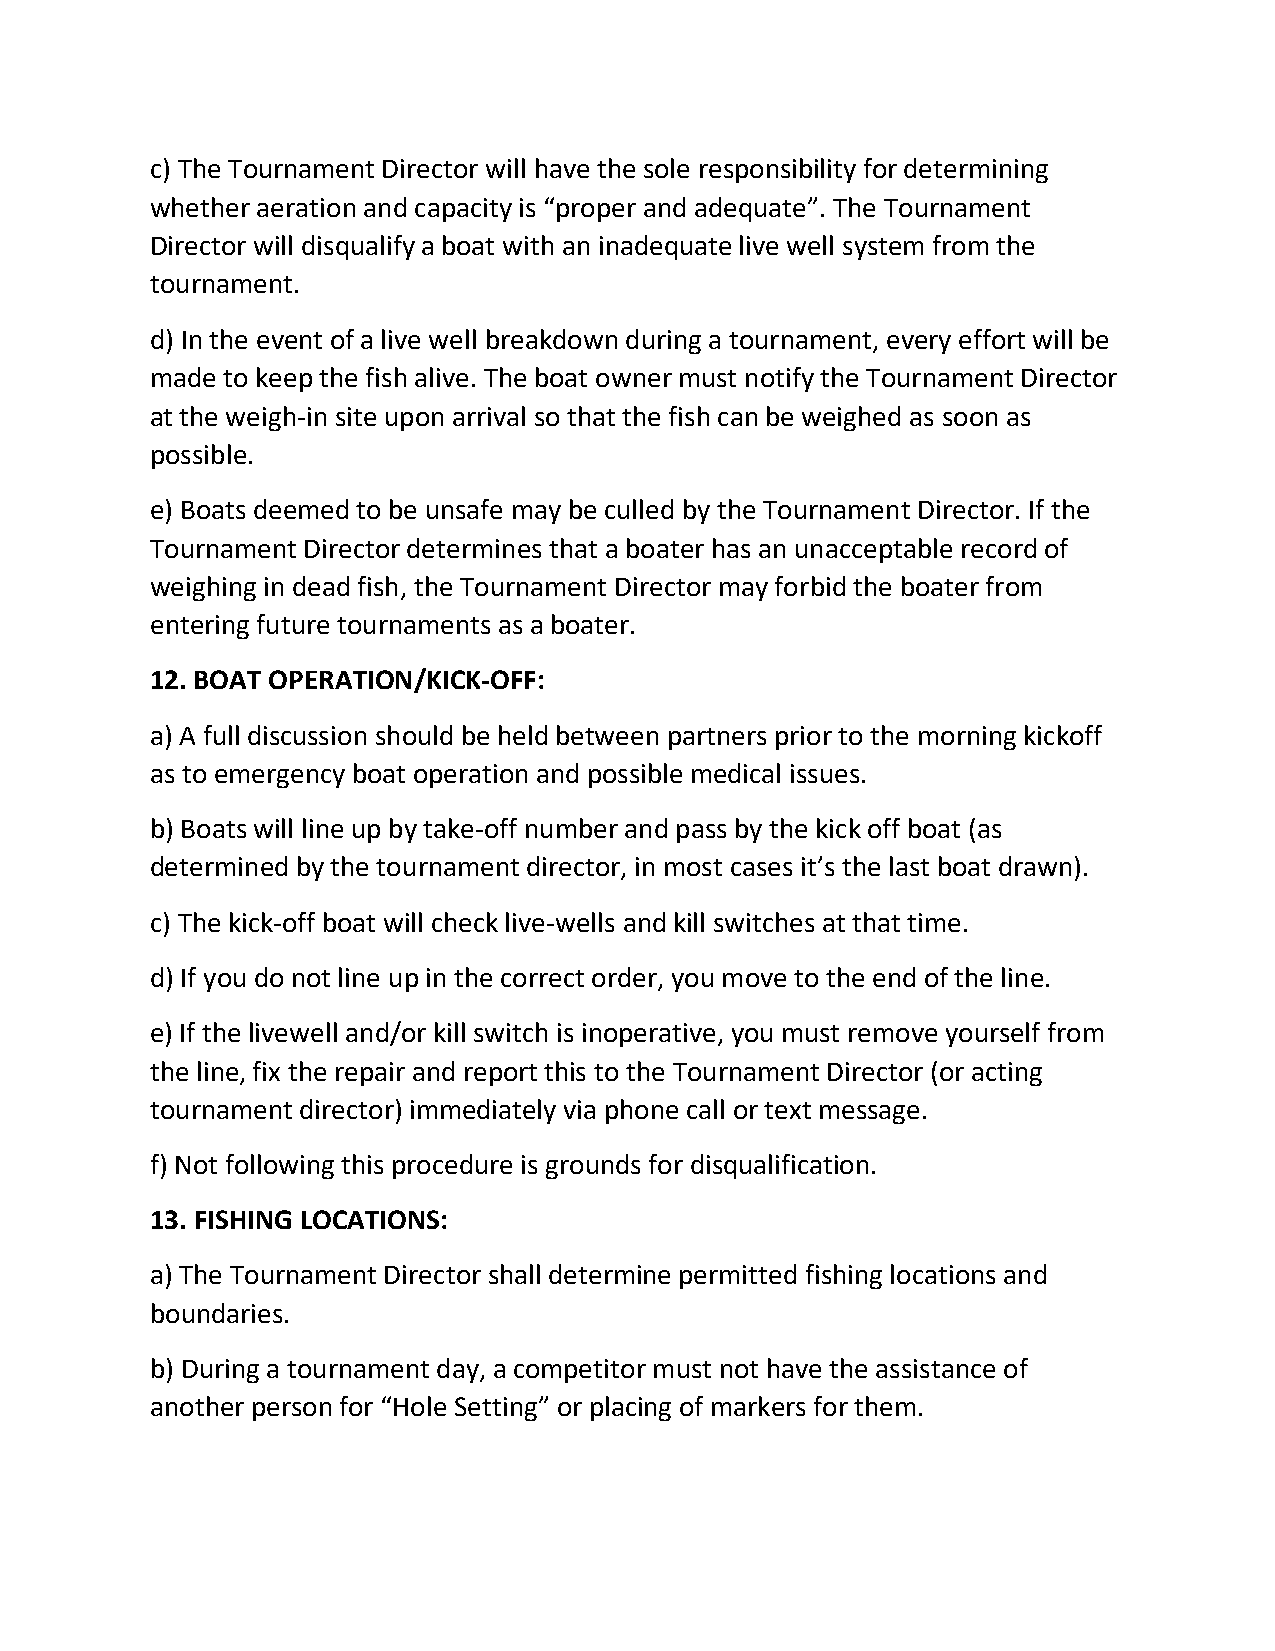
c) The Tournament Director will have the sole responsibility for determining
 whether aeration and capacity is “proper and adequate”. The Tournament
 Director will disqualify a boat with an inadequate live well system from the
 tournament.
 d) In the event of a live well breakdown during a tournament, every effort will be
 made to keep the fish alive. The boat owner must notify the Tournament Director
 at the weigh-in site upon arrival so that the fish can be weighed as soon as
 possible.
 e) Boats deemed to be unsafe may be culled by the Tournament Director. If the
 Tournament Director determines that a boater has an unacceptable record of
 weighing in dead fish, the Tournament Director may forbid the boater from
 entering future tournaments as a boater.
 12. BOAT OPERATION/KICK-OFF:
 a) A full discussion should be held between partners prior to the morning kickoff
 as to emergency boat operation and possible medical issues.
 b) Boats will line up by take-off number and pass by the kick off boat (as
 determined by the tournament director, in most cases it’s the last boat drawn).
 c) The kick-off boat will check live-wells and kill switches at that time.
 d) If you do not line up in the correct order, you move to the end of the line.
 e) If the livewell and/or kill switch is inoperative, you must remove yourself from
 the line, fix the repair and report this to the Tournament Director (or acting
 tournament director) immediately via phone call or text message.
 f) Not following this procedure is grounds for disqualification.
 13. FISHING LOCATIONS:
 a) The Tournament Director shall determine permitted fishing locations and
 boundaries.
 b) During a tournament day, a competitor must not have the assistance of
 another person for “Hole Setting” or placing of markers for them.